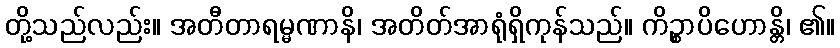
တို့သည်လည်း။ အတီတာရမ္မဏာနိ၊ အတိတ်အာရုံရှိကုန်သည်။ ကိဉ္စာပိဟောန္တိ၊ ၏။